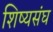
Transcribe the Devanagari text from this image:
शिष्यसंघ